Annual report on the Civil Veterinary Department, Burma (including the Insein Veterinary School) - 1910-1922
Year: 1910
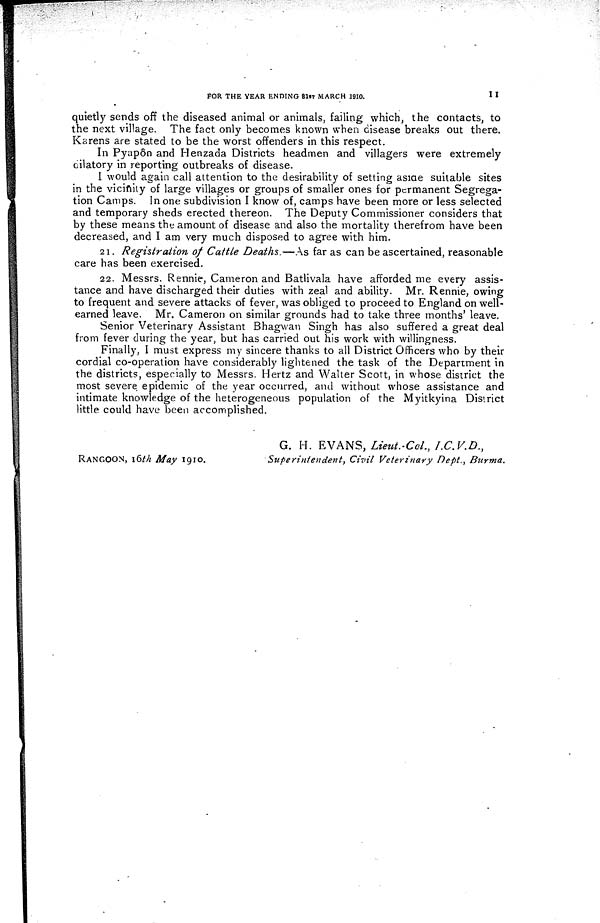
FOR THE YEAR ENDING 31st MARCH 1910.
11
quietly sends off the diseased animal or animals, failing which, the contacts, to
the next village. The fact only becomes known when disease breaks out there.
Karens are stated to be the worst offenders in this respect.
In Pyapôn and Henzada Districts headmen and villagers were extremely
dilatory in reporting outbreaks of disease.
I would again call attention to the desirability of setting aside suitable sites
in the vicinity of large villages or groups of smaller ones for permanent Segrega-
tion Camps. In one subdivision I know of, camps have been more or less selected
and temporary sheds erected thereon. The Deputy Commissioner considers that
by these means the amount of disease and also the mortality therefrom have been
decreased, and I am very much disposed to agree with him.
21. Registration of Cattle Deaths.—As far as can be ascertained, reasonable
care has been exercised.
22. Messrs. Rennie, Cameron and Batlivala have afforded me every assis-
tance and have discharged their duties with zeal and ability. Mr. Rennie, owing
to frequent and severe attacks of fever, was obliged to proceed to England on well-
earned leave. Mr. Cameron on similar grounds had to take three months' leave.
Senior Veterinary Assistant Bhagwan Singh has also suffered a great deal
from fever during the year, but has carried out his work with willingness.
Finally, I must express my sincere thanks to all District Officers who by their
cordial co-operation have considerably lightened the task of the Department in
the districts, especially to Messrs. Hertz and Walter Scott, in whose district the
most severe epidemic of the year occurred, and without whose assistance and
intimate knowledge of the heterogeneous population of the Myitkyina District
little could have been accomplished.
RANGOON, 16th May
1910.
G. H. EVANS, Lieut-Col., I.C.V.D.,
Superintendent,
Civil Veterinary Dept., Burma.